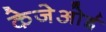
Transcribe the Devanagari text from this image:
केजेओई